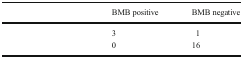
<table><thead><tr><td>[EMPTY_CELL]</td><td><b>BMB positive</b></td><td><b>BMB negative</b></td></tr></thead><tbody><tr><td>[EMPTY_CELL]</td><td>3</td><td>1</td></tr><tr><td>[EMPTY_CELL]</td><td>0</td><td>16</td></tr></tbody></table>